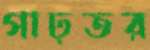
গাঢ়তর